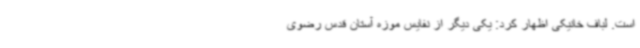
است. لباف خانیکی اظهار کرد: یکی دیگر از نفایس موزه آستان قدس رضوی